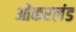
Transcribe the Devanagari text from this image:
ओकरलंड